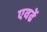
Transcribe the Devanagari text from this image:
एवढें